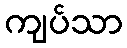
ကျပ်သာ